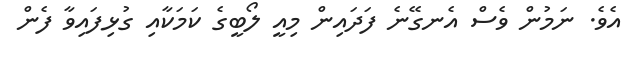
އެވެ. ނަމުން ވެސް އެނގޭނެ ފަދައިން މިއީ ލޯބީގެ ކަމަކާއި ގުޅިފައިވާ ފެން